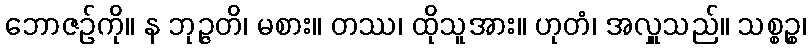
ဘောဇဉ်ကို။ န ဘုဉ္ဇတိ၊ မစား။ တဿ၊ ထိုသူအား။ ဟုတံ၊ အလှူသည်။ သစ္စဉ္စ၊